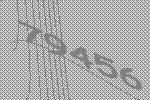
79456